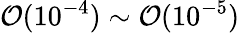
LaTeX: \mathcal{O}(10^{-4})\sim\mathcal{O}(10^{-5})